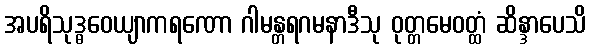
အပရိသုဒ္ဓဝေယျာကရဏော ဂါမန္တရဂမနာဒီသု ဝုတ္တမေဝတ္ထံ ဆိန္ဒာပေသိ